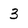
Character: 3